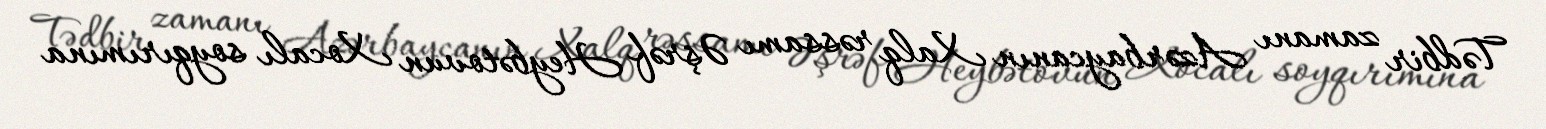
Tədbir zamanı Azərbaycanın Xalq rəssamı Əşrəf Heybətovun Xocalı soyqırımına